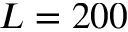
L = 2 0 0